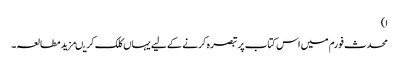
ا)
محدث فورم میں اس کتاب پر تبصرہ کرنے کے لیے یہاں کلک کریںمزید مطالعہ۔